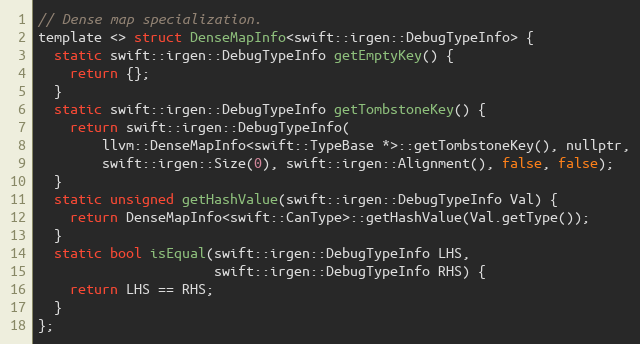
Language: C
// Dense map specialization.
template <> struct DenseMapInfo<swift::irgen::DebugTypeInfo> {
  static swift::irgen::DebugTypeInfo getEmptyKey() {
    return {};
  }
  static swift::irgen::DebugTypeInfo getTombstoneKey() {
    return swift::irgen::DebugTypeInfo(
        llvm::DenseMapInfo<swift::TypeBase *>::getTombstoneKey(), nullptr,
        swift::irgen::Size(0), swift::irgen::Alignment(), false, false);
  }
  static unsigned getHashValue(swift::irgen::DebugTypeInfo Val) {
    return DenseMapInfo<swift::CanType>::getHashValue(Val.getType());
  }
  static bool isEqual(swift::irgen::DebugTypeInfo LHS,
                      swift::irgen::DebugTypeInfo RHS) {
    return LHS == RHS;
  }
};